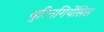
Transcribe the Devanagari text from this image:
थुरिनगियेंसिस